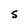
Character: S